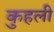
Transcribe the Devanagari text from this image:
कुहली